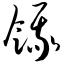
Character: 饿